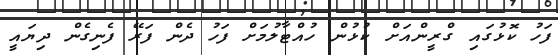
ފަހު ކޮޅުގައި ގްރީންއަށް ކުޅުން ހުއްޓާލުމަށް ފަހު ދެން ފަރޭ ފެނިގެން ދިޔައީ